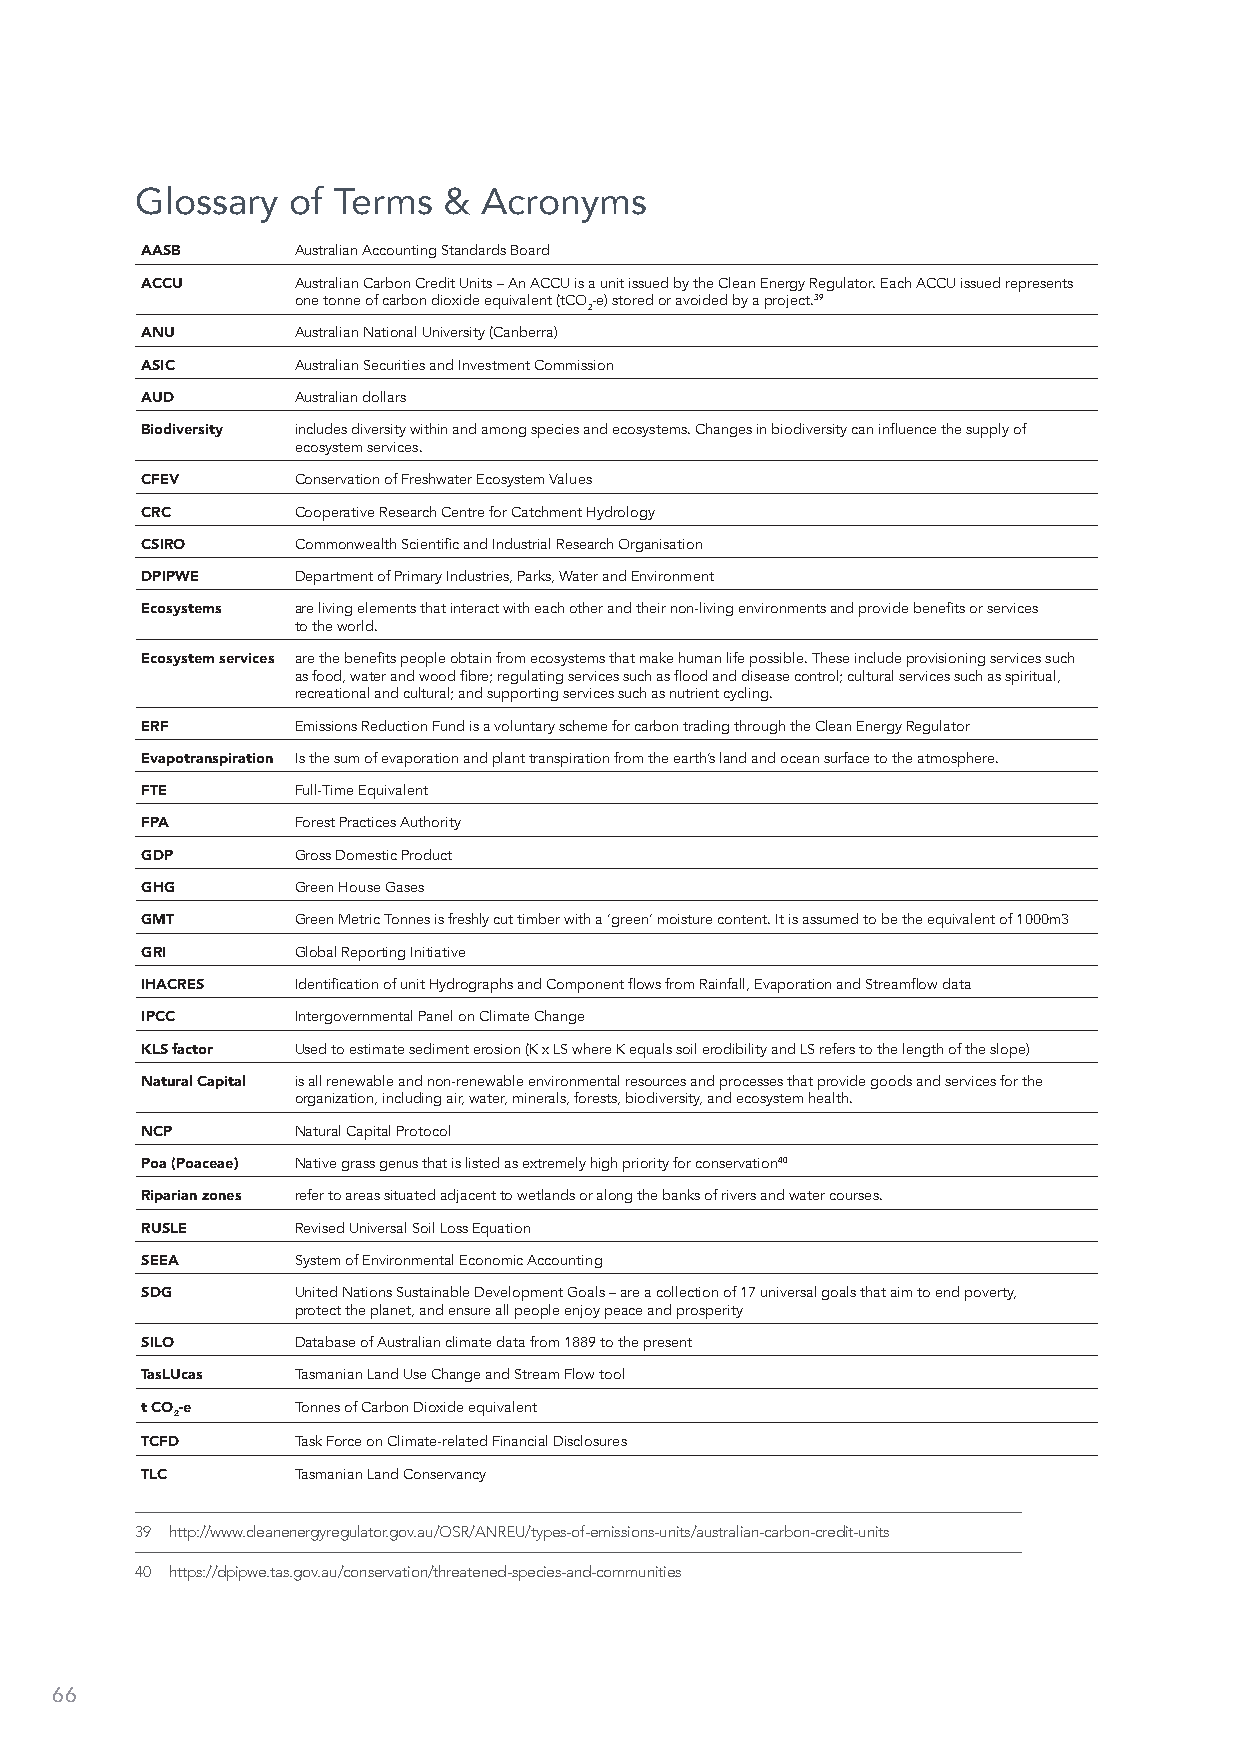
Glossary  of Terms  &  Acronyms
 AASB       Australian Accounting Standards Board
 ACCU       Australian Carbon Credit Units – An ACCU is a unit issued by the Clean Energy Regulator. Each ACCU issued represents
 one tonne of carbon dioxide equivalent (tCO-e) stored or avoided by a project.39
 2
 ANU        Australian National University (Canberra)
 ASIC       Australian Securities and Investment Commission
 AUD        Australian dollars
 Biodiversity includes diversity within and among species and ecosystems. Changes in biodiversity can influence the supply of
 ecosystem services.
 CFEV       Conservation of Freshwater Ecosystem Values
 CRC        Cooperative Research Centre for Catchment Hydrology
 CSIRO      Commonwealth Scientific and Industrial Research Organisation
 DPIPWE     Department of Primary Industries, Parks, Water and Environment
 Ecosystems are living elements that interact with each other and their non-living environments and provide benefits or services
 to the world.
 Ecosystem services are the benefits people obtain from ecosystems that make human life possible. These include provisioning services such
 as food, water and wood fibre; regulating services such as flood and disease control; cultural services such as spiritual,
 recreational and cultural; and supporting services such as nutrient cycling.
 ERF        Emissions Reduction Fund is a voluntary scheme for carbon trading through the Clean Energy Regulator
 Evapotranspiration Is the sum of evaporation and plant transpiration from the earth’s land and ocean surface to the atmosphere.
 FTE        Full-Time Equivalent
 FPA        Forest Practices Authority
 GDP        Gross Domestic Product
 GHG        Green House Gases
 GMT        Green Metric Tonnes is freshly cut timber with a ‘green’ moisture content. It is assumed to be the equivalent of 1000m3
 GRI        Global Reporting Initiative
 IHACRES    Identification of unit Hydrographs and Component flows from Rainfall, Evaporation and Streamflow data
 IPCC       Intergovernmental Panel on Climate Change
 KLS factor Used to estimate sediment erosion (K x LS where K equals soil erodibility and LS refers to the length of the slope)
 Natural Capital is all renewable and non-renewable environmental resources and processes that provide goods and services for the
 organization, including air, water, minerals, forests, biodiversity, and ecosystem health.
 NCP        Natural Capital Protocol
 Poa (Poaceae) Native grass genus that is listed as extremely high priority for conservation40
 Riparian zones refer to areas situated adjacent to wetlands or along the banks of rivers and water courses.
 RUSLE      Revised Universal Soil Loss Equation
 SEEA       System of Environmental Economic Accounting
 SDG        United Nations Sustainable Development Goals – are a collection of 17 universal goals that aim to end poverty,
 protect the planet, and ensure all people enjoy peace and prosperity
 SILO       Database of Australian climate data from 1889 to the present
 TasLUcas   Tasmanian Land Use Change and Stream Flow tool
 t CO-e     Tonnes of Carbon Dioxide equivalent
 2
 TCFD       Task Force on Climate-related Financial Disclosures
 TLC        Tasmanian Land Conservancy
 39 http://www.cleanenergyregulator.gov.au/OSR/ANREU/types-of-emissions-units/australian-carbon-credit-units
 40 https://dpipwe.tas.gov.au/conservation/threatened-species-and-communities
 66